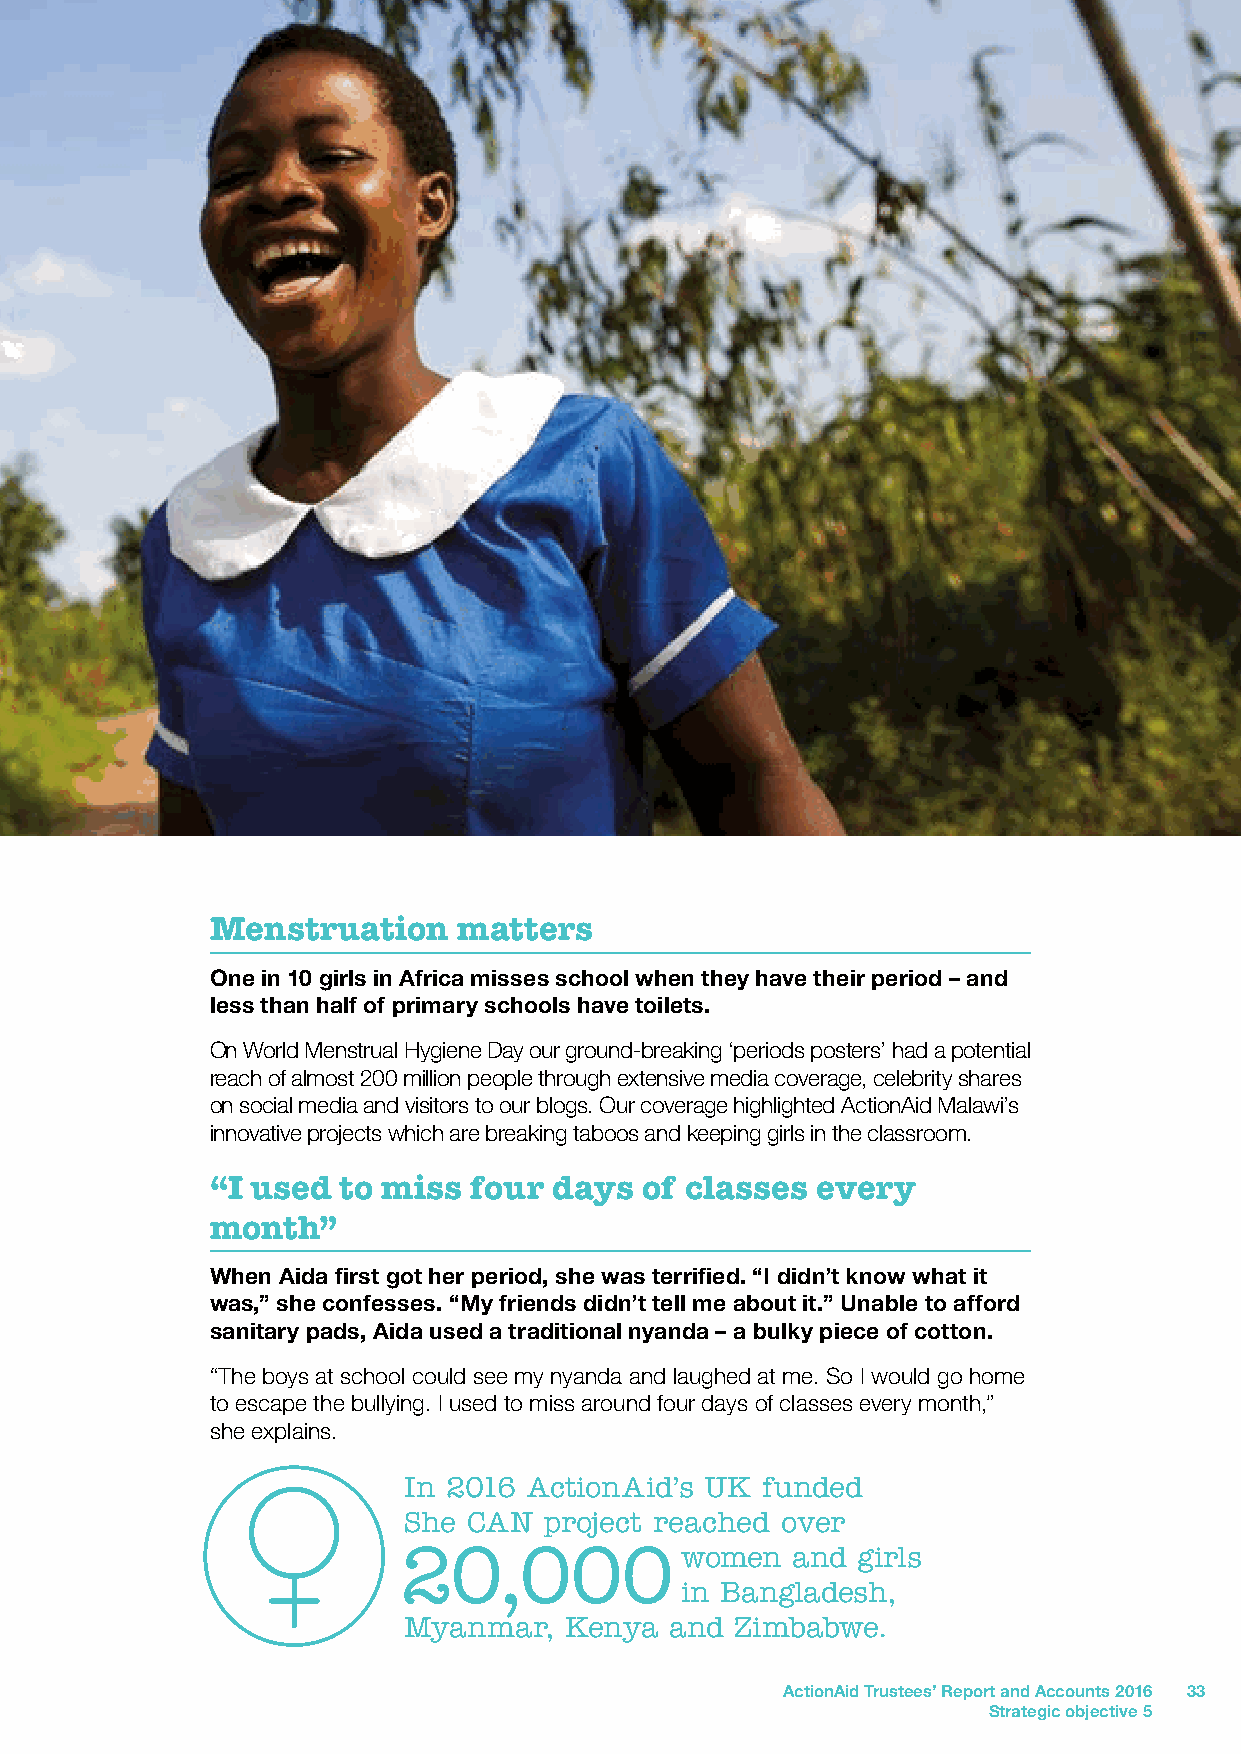
Menstruation    matters
 One in 10 girls in Africa misses school when they have their period – and
 less than half of primary schools have toilets.
 On World Menstrual Hygiene Day our ground-breaking ‘periods posters’ had a potential
 reach of almost 200 million people through extensive media coverage, celebrity shares
 on social media and visitors to our blogs. Our coverage highlighted ActionAid Malawi’s
 innovative projects which are breaking taboos and keeping girls in the classroom.
 “I used to miss  four  days of classes  every
 month”
 When Aida first got her period, she was terrified. “I didn’t know what it
 was,” she confesses. “My friends didn’t tell me about it.” Unable to afford
 sanitary pads, Aida used a traditional nyanda – a bulky piece of cotton.
 “The boys at school could see my nyanda and laughed at me. So I would go home
 to escape the bullying. I used to miss around four days of classes every month,”
 she explains.
 In 2016 ActionAid’s UK funded
 She CAN  project reached over
 20,000             women  and  girls
 in Bangladesh,
 Myanmar,  Kenya  and  Zimbabwe.
 ActionAid Trustees’ Report and Accounts 2016 33
 Strategic objective 5